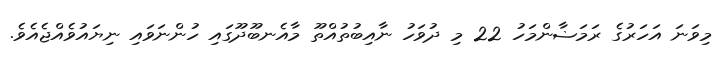
މިވަނަ އަހަރުގެ ރަމަޟާންމަހު 22 މި ދުވަހު ނާއިބުތުއްތޫ މާއެނބޫދޫގައި ހުންނަވައި ނިޔައުވެއްޖެއެވެ.